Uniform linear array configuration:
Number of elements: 12
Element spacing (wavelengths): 0.25
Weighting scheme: hamming
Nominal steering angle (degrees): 0
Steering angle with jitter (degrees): -1.704
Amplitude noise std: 0.05
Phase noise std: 0.05

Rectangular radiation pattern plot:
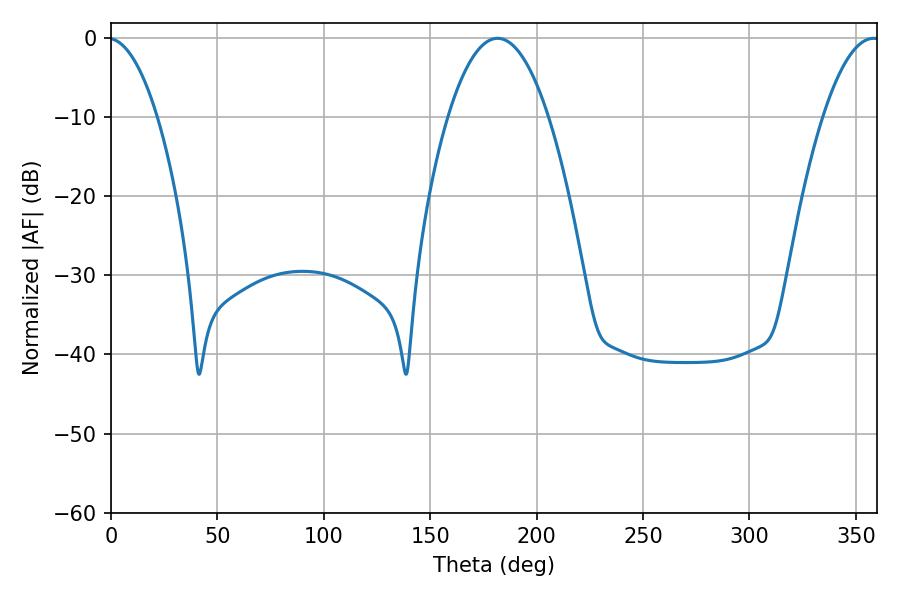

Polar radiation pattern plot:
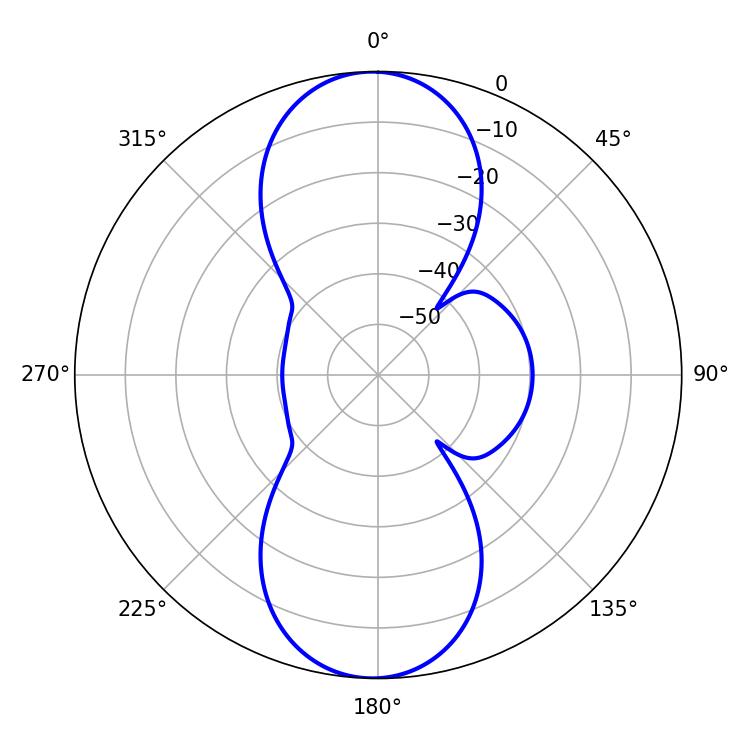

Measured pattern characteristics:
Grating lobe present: FALSE
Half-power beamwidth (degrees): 26.1
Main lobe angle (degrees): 181.62